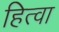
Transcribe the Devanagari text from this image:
हित्वा